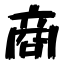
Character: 商